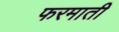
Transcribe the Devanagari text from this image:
फरमाती